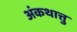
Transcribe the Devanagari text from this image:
अंकथात्तु